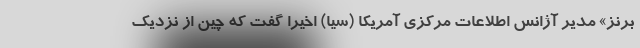
برنز» مدیر آژانس اطلاعات مرکزی آمریکا (سیا) اخیرا گفت که چین از نزدیک